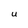
Character: U